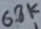
Text: 6.8k